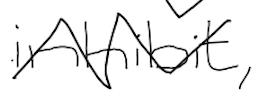
Text: inhibit,
Cross-out: zig-zag
Writing tool: digital_black